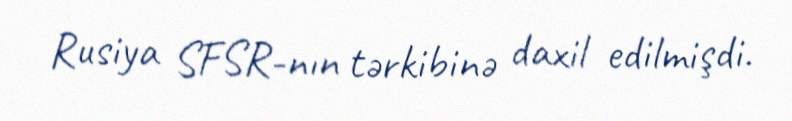
Rusiya SFSR-nın tərkibinə daxil edilmişdi.